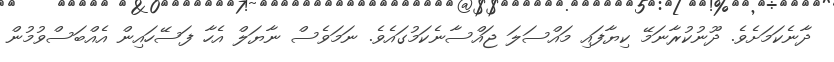
ދާނެކަމަށެވެ. ދޫނުކުރާނަމޭ ކިޔާފައި މައްސަލަ ޖައްސާނެކަމުގައެވެ. ނަމަވެސް ނާޔަލް އެހާ ފަސޭހައިން އެއްބަސްވުމުން